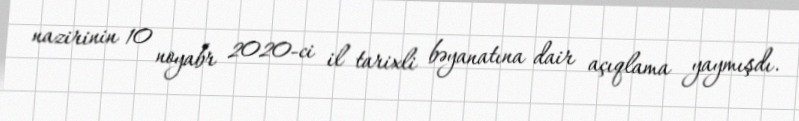
nazirinin 10 noyabr 2020-ci il tarixli bəyanatına dair açıqlama yaymışdı.